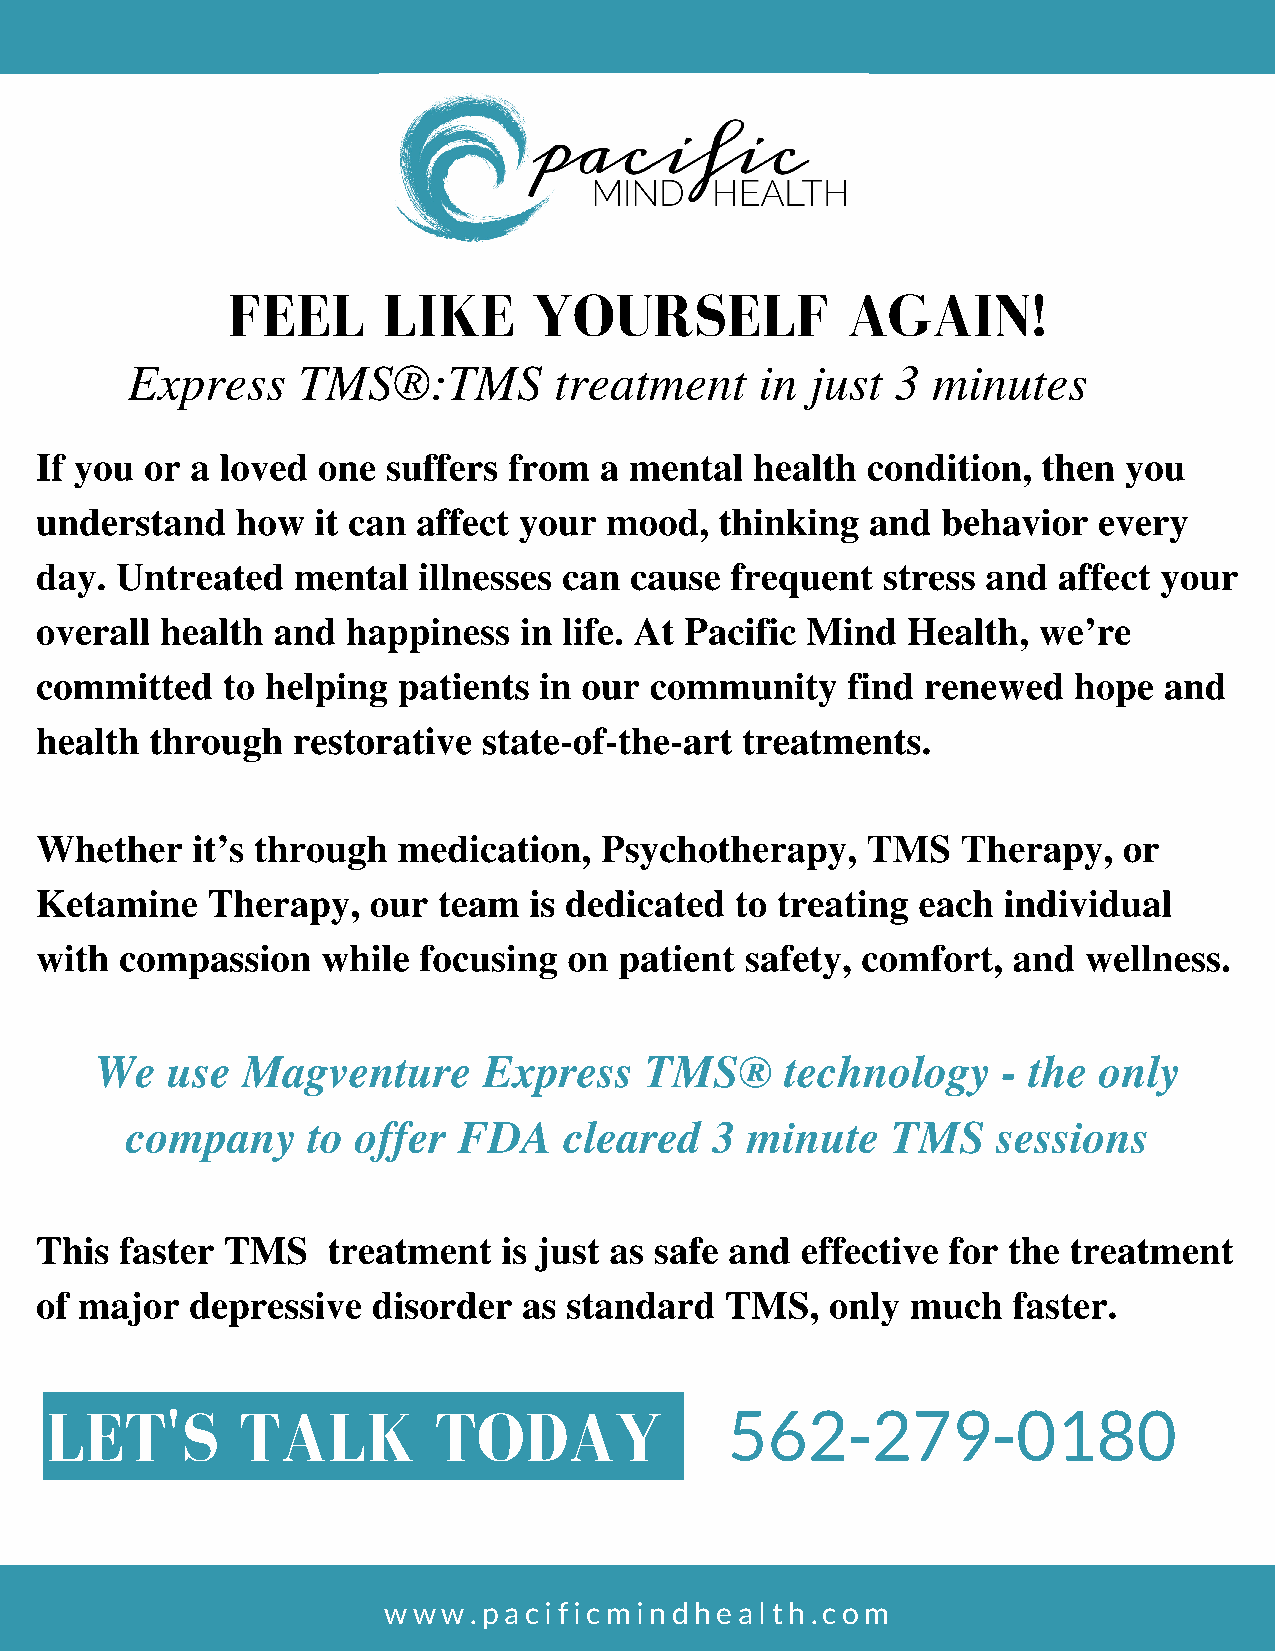
FEEL      LIKE      YOURSELF             AGAIN!
 Express     TMS®:TMS         treatment    in  just 3  minutes
 If you  or a loved one  suffers from  a mental  health condition,  then you
 understand    how  it can affect your mood,   thinking  and behavior   every
 day.  Untreated  mental   illnesses can cause frequent  stress and  affect your
 overall  health and  happiness  in life. At Pacific Mind  Health,  we’re
 committed    to helping patients  in our community    find renewed   hope  and
 health  through  restorative  state-of-the-art treatments.
 Whether    it’s through medication,   Psychotherapy,   TMS    Therapy,  or
 Ketamine    Therapy,  our  team  is dedicated  to treating each individual
 with  compassion   while  focusing  on patient safety, comfort,  and  wellness.
 We   use  Magventure      Express    TMS®     technology    - the  only
 company     to offer  FDA    cleared   3 minute    TMS    sessions
 This  faster TMS    treatment  is just as safe and effective for the treatment
 of major   depressive  disorder  as standard  TMS,   only much   faster.
 LET'S        TALK         TODAY              562-279-0180
 **TMS therapy may cause scawlp wdiswco.mpfoarct ainfdi cmmildi hneaddhacehae. lTthhes.ec aorem rare and diminish in a few sessions